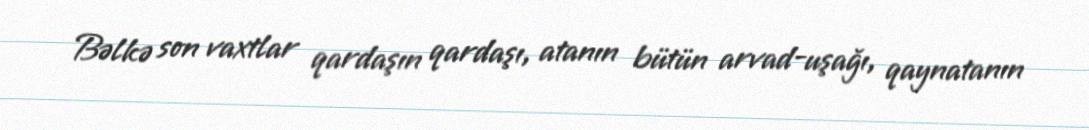
Bəlkə son vaxtlar qardaşın qardaşı, atanın bütün arvad-uşağı, qaynatanın